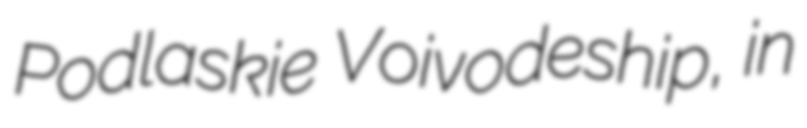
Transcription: Podlaskie Voivodeship, in